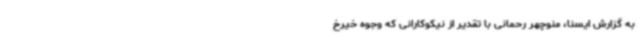
به گزارش ایسنا، منوچهر رحمانی با تقدیر از نیکوکارانی که وجوه خیرخ